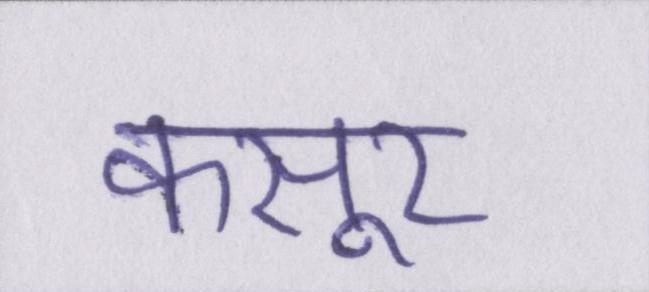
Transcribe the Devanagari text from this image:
कसूर